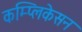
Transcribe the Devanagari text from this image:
कम्प्लिकेसन